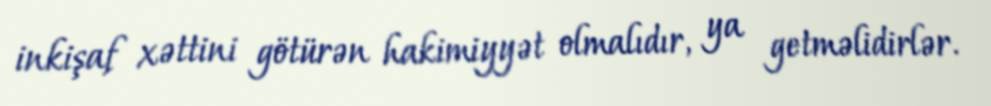
inkişaf xəttini götürən hakimiyyət olmalıdır, ya getməlidirlər.